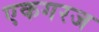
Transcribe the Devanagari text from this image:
एकगरज